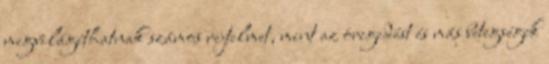
megvilágíthatnak számos rejtelmet, mint az öregedést és más betegségek